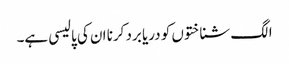
الگ شناختوں کو دریا برد کرنا ان کی پالیسی ہے۔